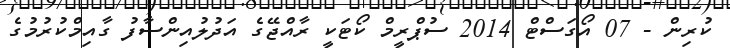
ކުރިން - 07 އޯގަސްޓް 2014 ސުޕްރީމް ކޯޓަކީ ރާއްޖޭގެ އަދުލުއިންސާފު ގާއިމްކުރުމުގެ